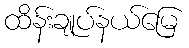
ထိန်းချုပ်နယ်မြေ